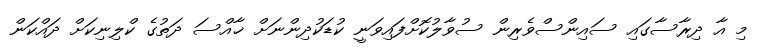
މި އާ ދިރާސާގައި ސައިންސްވެރިން ސުވާލުކޮށްފައިވަނީ ކުޑަކުދިންނަށް ޚާއްސަ ދަތުގެ ކްލިނިކަށް ދައްކަން